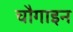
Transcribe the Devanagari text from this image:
चौगाइन